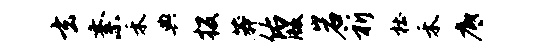
玄紊禾典投莽佑版岩祈杜禾底